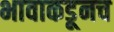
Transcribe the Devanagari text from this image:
भावाकडूनच